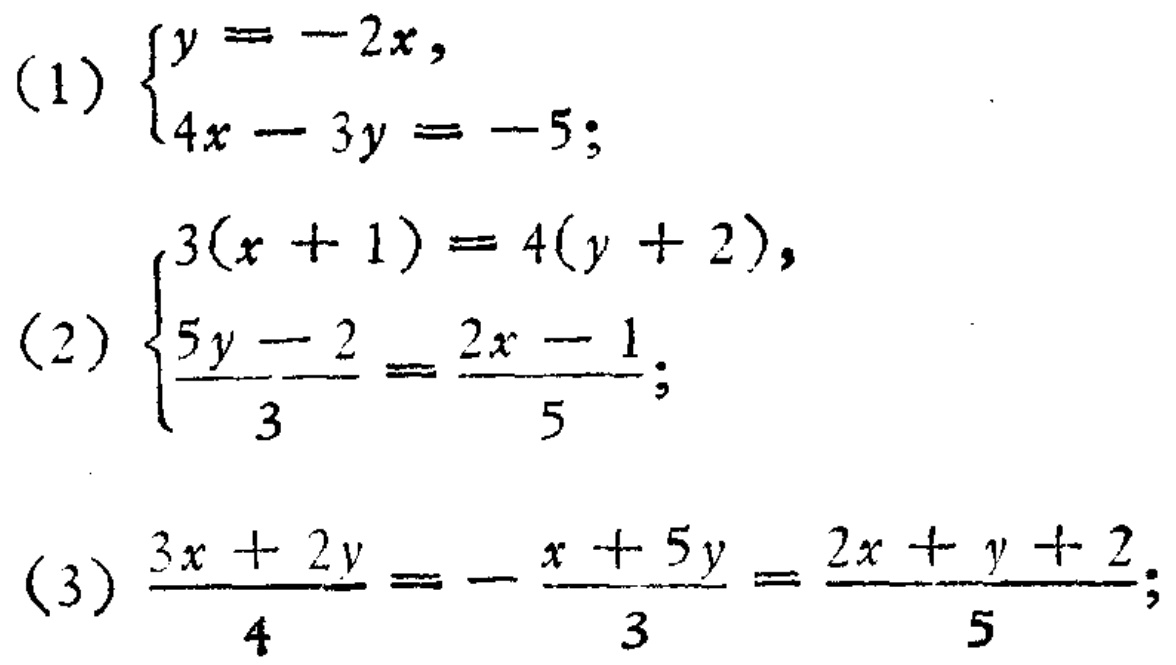
(1) \(\begin{cases}y = - 2x,\\4x - 3y = - 5;\end{cases}\)
(2) \(\begin{cases}3(x + 1)=4(y + 2),\\\frac{5y - 2}{3}=\frac{2x - 1}{5};\end{cases}\)
(3) \(\frac{3x + 2y}{4}=-\frac{x + 5y}{3}=\frac{2x + y + 2}{5};\)